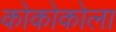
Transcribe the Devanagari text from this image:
कोकोकोला